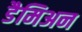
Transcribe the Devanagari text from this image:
डैमिअन